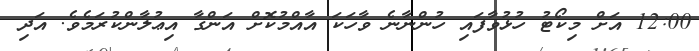
12:00 އަށް މިކޯޓު ހުޅުވާފައި ހުންނާނެ ވާހަކަ އާއްމުކޮށް އަންގާ އިޢުލާންކުރަމެވެ. އަދި